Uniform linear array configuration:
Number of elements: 48
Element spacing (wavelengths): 1
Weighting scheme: uniform
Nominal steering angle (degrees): -15
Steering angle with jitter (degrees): -16.186
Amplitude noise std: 0.05
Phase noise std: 0.05

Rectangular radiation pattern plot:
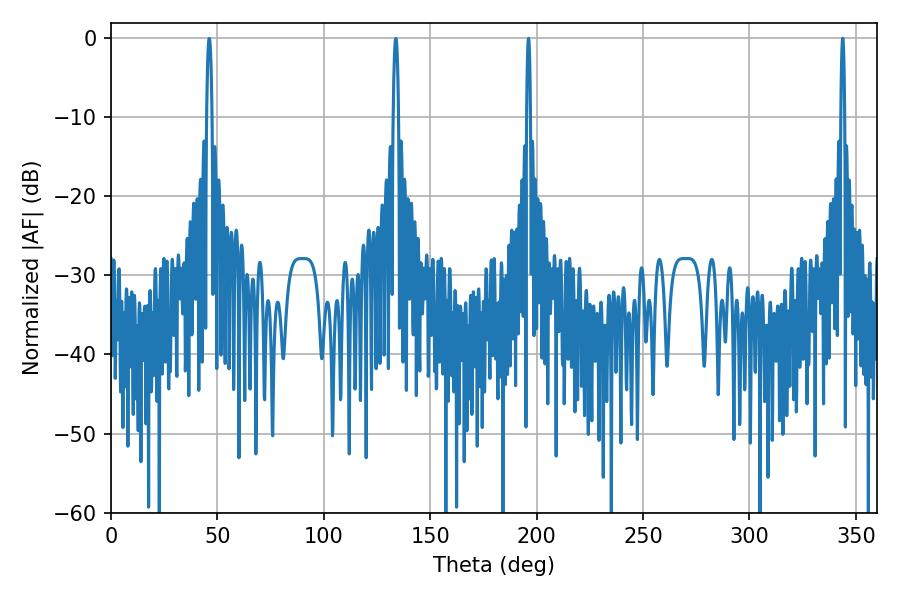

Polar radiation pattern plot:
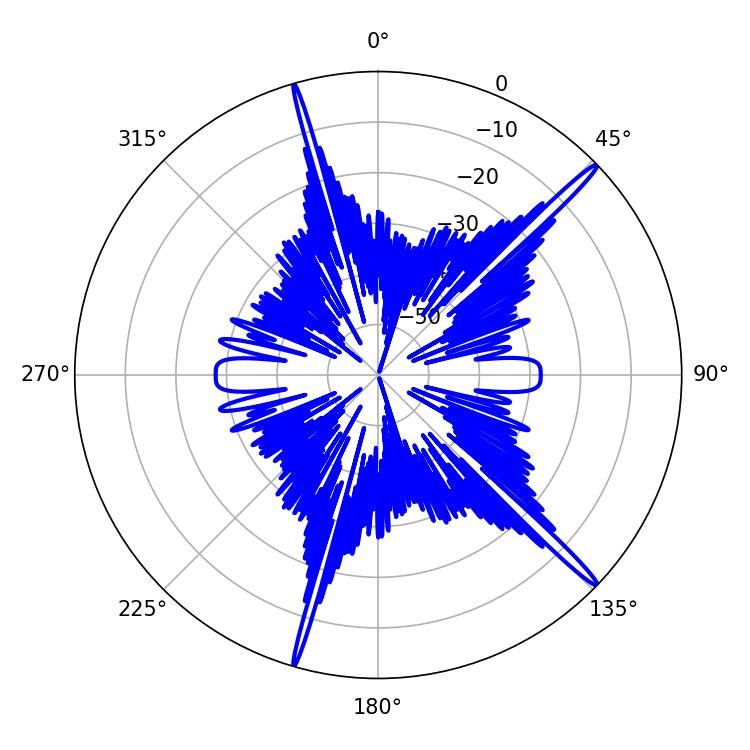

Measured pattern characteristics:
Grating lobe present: TRUE
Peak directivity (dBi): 18.121
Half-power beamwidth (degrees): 0.9
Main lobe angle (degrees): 343.8